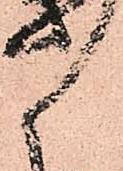
候